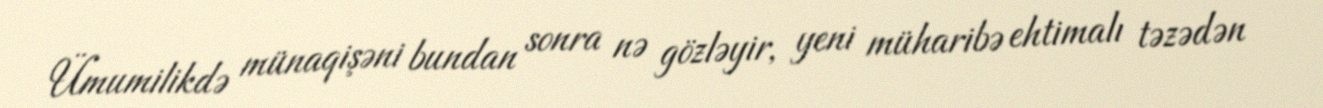
Ümumilikdə münaqişəni bundan sonra nə gözləyir, yeni müharibə ehtimalı təzədən